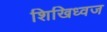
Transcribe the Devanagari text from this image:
शिखिध्वज